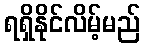
ရရှိနိုင်လိမ့်မည်